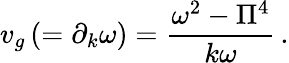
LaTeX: v_{g}\left(=\partial_{k}\omega\right)=\frac{\omega^{2}-\Pi^{4}}{k\omega}\, .